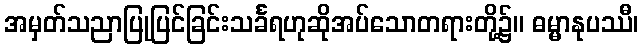
အမှတ်သညာပြုပြင်ခြင်းသင်္ခရဟုဆိုအပ်သောတရားတို့၌။ ဓမ္မာနုပဿီ၊